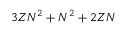
3 Z N ^ { 2 } + N ^ { 2 } + 2 Z N